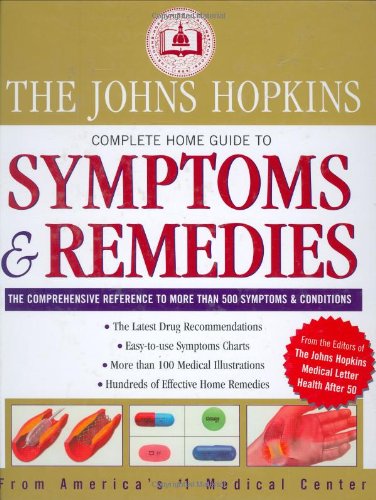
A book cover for Johns Hopkins Complete Home Guide to Symptoms & Remedies; Editors of The Johns Hopkins Medical Letter Health After 50; Health, Fitness & Dieting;